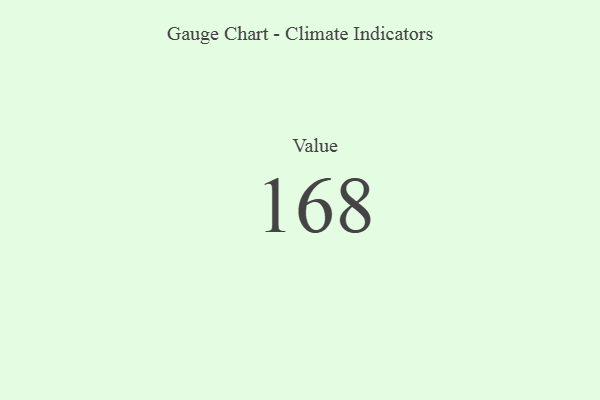
{"axis": {"x": "Metric", "y": "Value"}, "legend": [""], "data": [{"x": "Value", "y": 168, "type": ""}]}